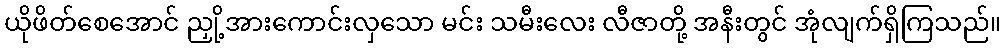
ယိုဖိတ်စေအောင် ညှို့အားကောင်းလှသော မင်း သမီးလေး လီဇာတို့ အနီးတွင် အုံလျက်ရှိကြသည်။